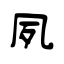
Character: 夙